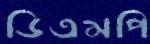
ডিএমপি